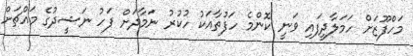
މަހްފޫޒަށް ހަމަލާދީފައި ވަނީ ކޮންމެ ހަފުތާއަކު ހުކުރު ނަމާދަށް ފަހު ނަޝީދުގެ މައްޗަށް